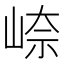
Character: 𪨼